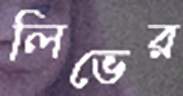
লিভের